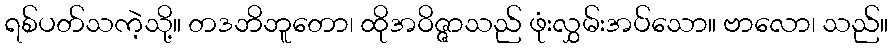
ရစ်ပတ်သကဲ့သို့။ တဒဘိဘူတော၊ ထိုအဝိဇ္ဇာသည် ဖုံးလွှမ်းအပ်သော။ ဗာလော၊ သည်။